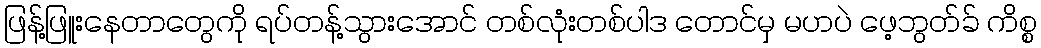
ဖြန့်ဖြူးနေတာတွေကို ရပ်တန့်သွားအောင် တစ်လုံးတစ်ပါဒ တောင်မှ မဟပဲ ဖေ့ဘွတ်ခ် ကိစ္စ